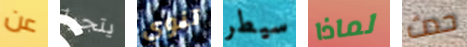
عن يتجرأ تنوي سيطر لماذا حدث